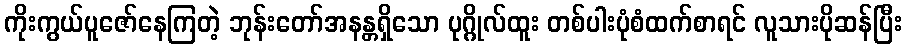
ကိုးကွယ်ပူဇော်နေကြတဲ့ ဘုန်းတော်အနန္တရှိသော ပုဂ္ဂိုလ်ထူး တစ်ပါးပုံစံထက်စာရင် လူသားပိုဆန်ပြီး